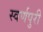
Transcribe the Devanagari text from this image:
स्वर्णपुरी